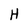
Character: H